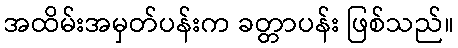
အထိမ်းအမှတ်ပန်းက ခတ္တာပန်း ဖြစ်သည်။